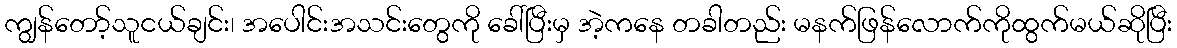
ကျွန်တော့်သူငယ်ချင်း၊ အပေါင်းအသင်းတွေကို ခေါ်ပြီးမှ အဲ့ကနေ တခါတည်း မနက်ဖြန်လောက်ကိုထွက်မယ်ဆိုပြီး